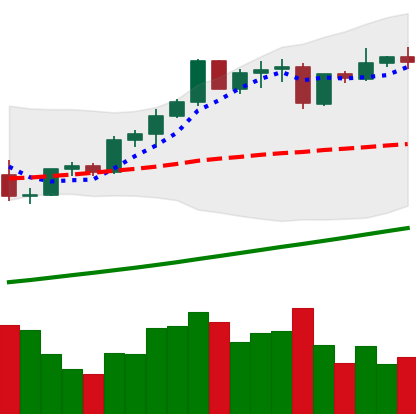
Ticker: ETH-USD
Chart end date: 2021-04-12
Forward return: 9.608%
Label: up_7plus